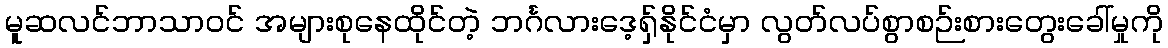
မူဆလင်ဘာသာဝင် အများစုနေထိုင်တဲ့ ဘင်္ဂလားဒေ့ရှ်နိုင်ငံမှာ လွတ်လပ်စွာစဉ်းစားတွေးခေါ်မှုကို